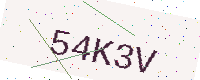
Text: 54K3V